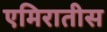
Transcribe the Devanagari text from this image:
एमिरातीस